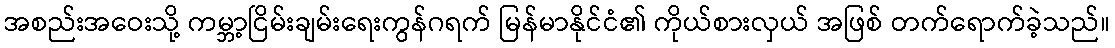
အစည်းအဝေးသို့ ကမ္ဘာ့ငြိမ်းချမ်းရေးကွန်ဂရက် မြန်မာနိုင်ငံ၏ ကိုယ်စားလှယ် အဖြစ် တက်ရောက်ခဲ့သည်။